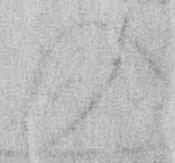
の